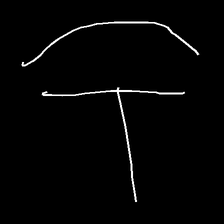
Glyph: dispersion